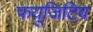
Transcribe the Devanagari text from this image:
फयूजिटिव